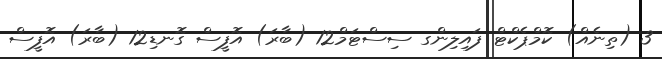
3 (ތިނެއް) ކޮމްޕެކްޓް ފައިލިންގ ސިސްޓަމް12 (ބާރަ) އޮފީސް ގޮނޑި12 (ބާރަ) އޮފީސް